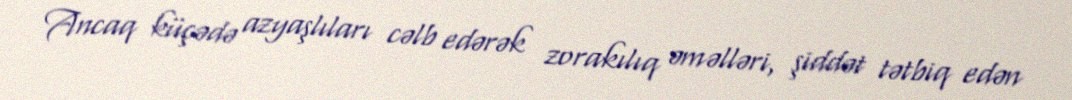
Ancaq küçədə azyaşlıları cəlb edərək zorakılıq əməlləri, şiddət tətbiq edən